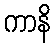
ကာနိ